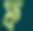
ফ